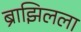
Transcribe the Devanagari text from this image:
ब्राझिलला